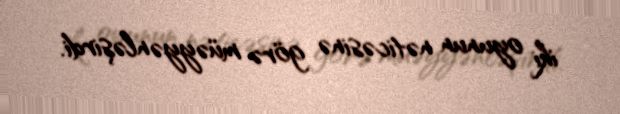
iki oyunun nəticəsinə görə müəyyənləşirdi.